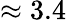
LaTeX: \approx 3.4